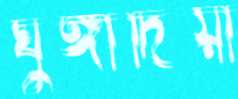
ঘুঙ্গাদিয়া